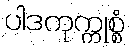
ပါဒကုက္ကုစ္စံ